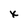
Character: x